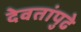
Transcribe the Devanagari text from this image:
देवतांपुढे